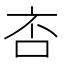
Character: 㕻